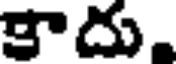
కాదు.